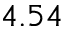
4 . 5 4